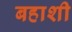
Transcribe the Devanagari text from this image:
बहाशी